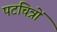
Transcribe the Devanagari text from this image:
पटचित्रों